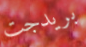
بريدجت